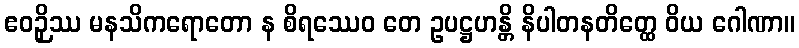
ဧဝဉှိဿ မနသိကရောတော န စိရဿေဝ တေ ဥပဋ္ဌဟန္တိ နိပါတနတိတ္ထေ ဝိယ ဂေါဏာ။